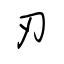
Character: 刃